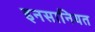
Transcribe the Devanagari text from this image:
इनसानियत